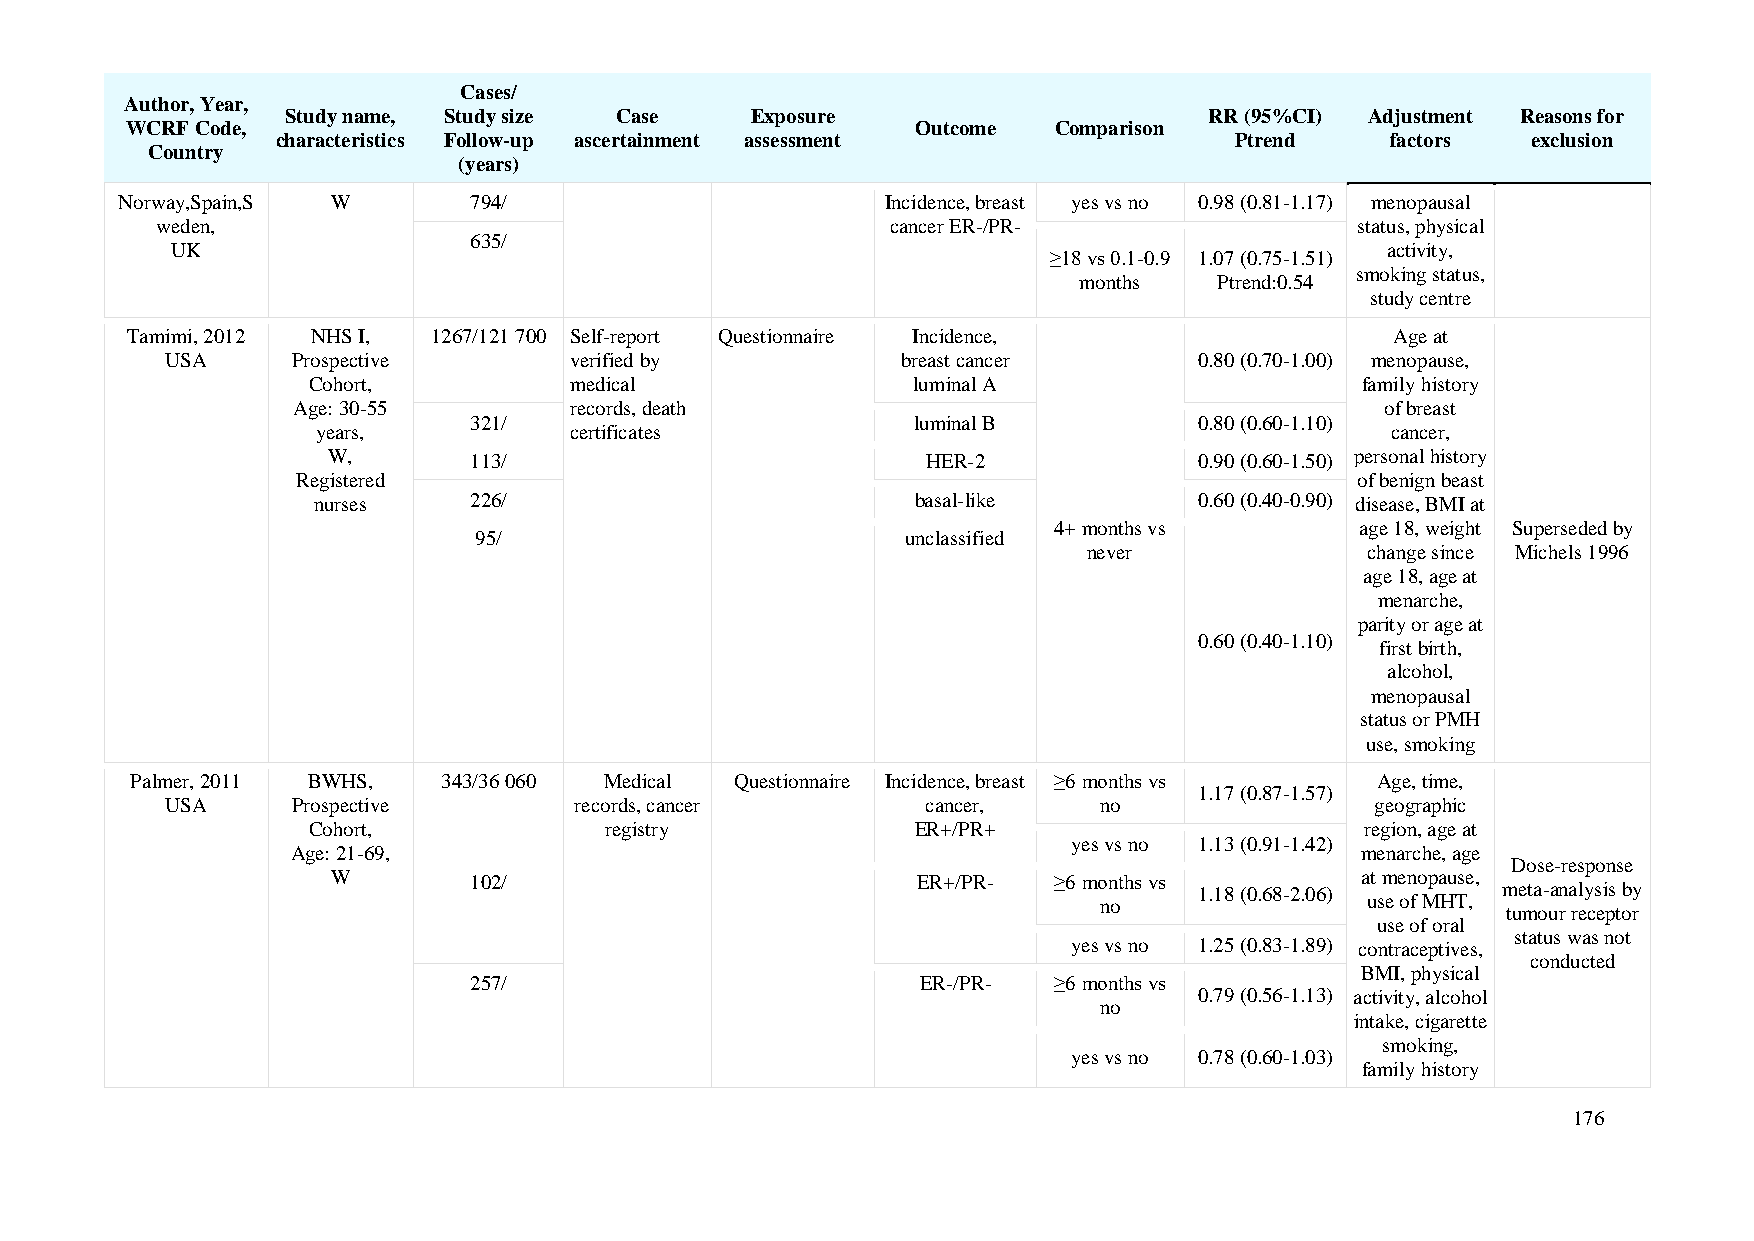
Cases/
 Author, Year,
 Study name, Study size Case    Exposure                      RR (95%CI) Adjustment Reasons for
 WCRF Code,                                           Outcome  Comparison
 characteristics Follow-up ascertainment assessment              Ptrend    factors  exclusion
 Country
 (years)
 Norway,Spain,S W       794/                        Incidence, breast yes vs no 0.98 (0.81-1.17) menopausal
 weden,                                           cancer ER-/PR-                 status, physical
 635/
 UK                                                                               activity,
 ≥18 vs 0.1-0.9 1.07 (0.75-1.51)
 smoking status,
 months    Ptrend:0.54
 study centre
 Tamimi, 2012 NHS I,  1267/121 700 Self-report Questionnaire Incidence,              Age at
 USA     Prospective        verified by           breast cancer      0.80 (0.70-1.00) menopause,
 Cohort,           medical               luminal A                     family history
 Age: 30-55         records, death                                        of breast
 321/                         luminal B          0.80 (0.60-1.10)
 years,           certificates                                          cancer,
 W,       113/                          HER-2             0.90 (0.60-1.50) personal history
 Registered                                                            of benign beast
 nurses    226/                          basal-like        0.60 (0.40-0.90) disease, BMI at
 4+ months vs        age 18, weight Superseded by
 95/                          unclassified
 never              change since Michels 1996
 age 18, age at
 menarche,
 parity or age at
 0.60 (0.40-1.10)
 first birth,
 alcohol,
 menopausal
 status or PMH
 use, smoking
 Palmer, 2011 BWHS,  343/36 060 Medical  Questionnaire Incidence, breast ≥6 months vs Age, time,
 1.17 (0.87-1.57)
 USA     Prospective        records, cancer        cancer,     no                geographic
 Cohort,             registry             ER+/PR+                      region, age at
 yes vs no 1.13 (0.91-1.42)
 Age: 21-69,                                                            menarche, age
 Dose-response
 W        102/                          ER+/PR-  ≥6 months vs        at menopause,
 1.18 (0.68-2.06)    meta-analysis by
 no               use of MHT,
 tumour receptor
 use of oral
 status was not
 yes vs no 1.25 (0.83-1.89) contraceptives,
 conducted
 BMI, physical
 257/                          ER-/PR-  ≥6 months vs
 0.79 (0.56-1.13) activity, alcohol
 no
 intake, cigarette
 smoking,
 yes vs no 0.78 (0.60-1.03)
 family history
 176